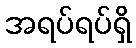
အရပ်ရပ်ရှိ